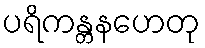
ပရိကန္တနဟေတု